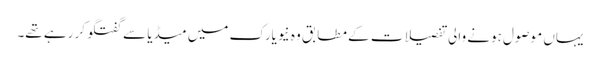
یہاں موصول ہونے والی تفصیلات کے مطابق وہ نیویارک میں میڈیا سے گفتگو کر رہے تھے۔